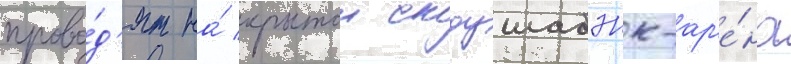
прово́д'ят на́ крытои скоушабэнк-ар'е́на